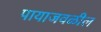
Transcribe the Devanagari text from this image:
पायाजवळील